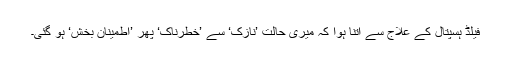
فیلڈ ہسپتال کے علاج سے اتنا ہوا کہ میری حالت ’نازک‘ سے ’خطرناک‘ پھر ’اطمینان بخش‘ ہو گئی۔